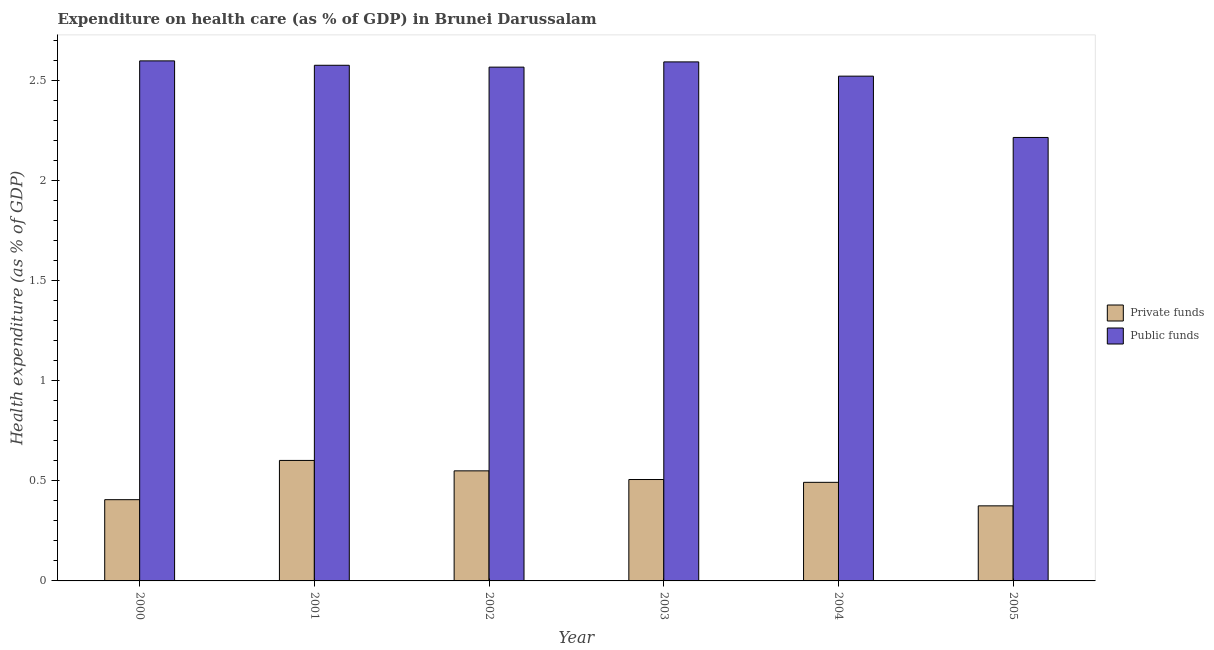
| Year | Private funds | Public funds |
 | --- | --- | --- |
 | 2000 | 0.406 | 2.6 |
 | 2001 | 0.602 | 2.58 |
 | 2002 | 0.55 | 2.57 |
 | 2003 | 0.507 | 2.59 |
 | 2004 | 0.493 | 2.52 |
 | 2005 | 0.375 | 2.22 |